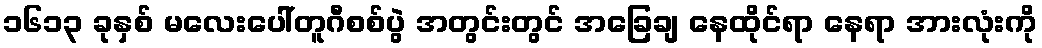
၁၆၁၃ ခုနှစ် မလေးပေါ်တူဂီစစ်ပွဲ အတွင်းတွင် အခြေချ နေထိုင်ရာ နေရာ အားလုံးကို